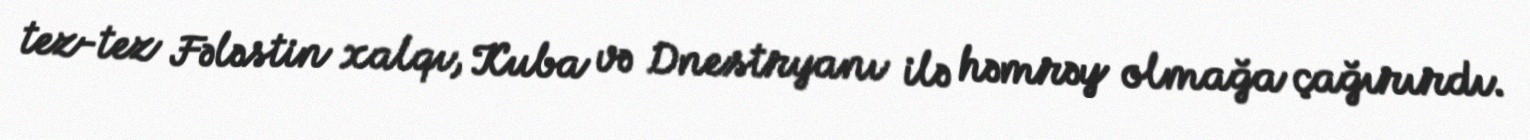
tez-tez Fələstin xalqı, Kuba və Dnestryanı ilə həmrəy olmağa çağırırdı.